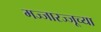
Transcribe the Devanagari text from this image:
मज्जारज्जूच्या